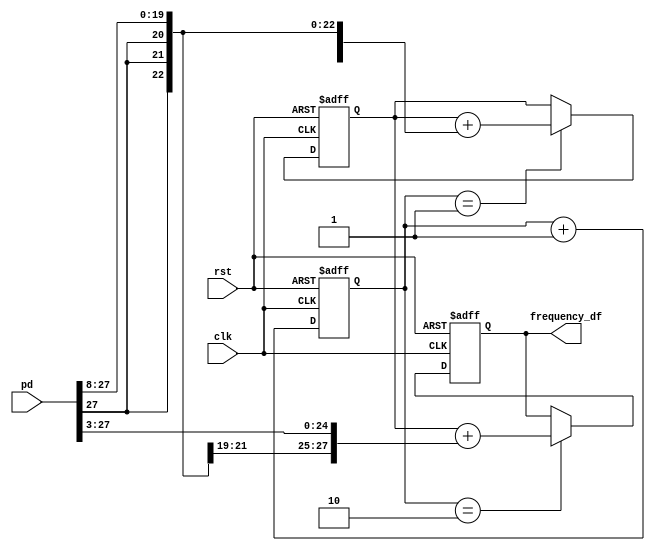
//LoopFilter.v
module LoopFilter (
	rst,clk,pd,
	frequency_df); 
	
	input		rst;   //
	input		clk;   //FPGA16MHz
	input	 signed [27:0]	pd;            //16MHz
	output signed [27:0]	frequency_df;  //
	
	
   reg [2:0] count;
	reg signed [27:0] sum,loopout;
	always @(posedge clk or posedge rst)
		if (rst)
		   begin
				count <=0;
				sum <= 0;
				loopout <= 0;
			end
		else
			begin
				//8CLK
				count <= count + 1;
			   //
				if (count==3'd1)
				   //c2=2^(-8)
			      sum<=sum+{{8{pd[27]}},pd[27:8]};
 			   if (count==3'd2)
				   //c1=2^(-3)
				   loopout<=sum+{{3{pd[27]}},pd[27:3]};
			  end
			  
     assign frequency_df = loopout;

endmodule